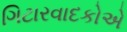
ગિટારવાદકોએ